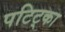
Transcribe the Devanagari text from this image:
पटिट्का